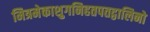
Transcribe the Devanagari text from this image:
मित्रमेकाशुगनिहतपतद्वालिनो